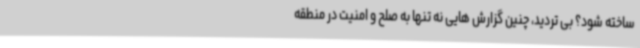
ساخته شود؟ بی تردید، چنین گزارش هایی نه تنها به صلح و امنیت در منطقه